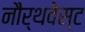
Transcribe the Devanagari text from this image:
नौर्थवेस्ट